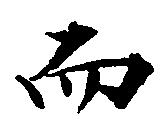
而